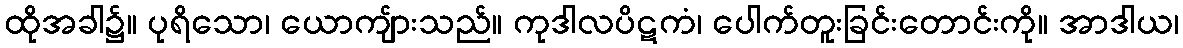
ထိုအခါ၌။ ပုရိသော၊ ယောကျ်ားသည်။ ကုဒါလပိဋကံ၊ ပေါက်တူးခြင်းတောင်းကို။ အာဒါယ၊